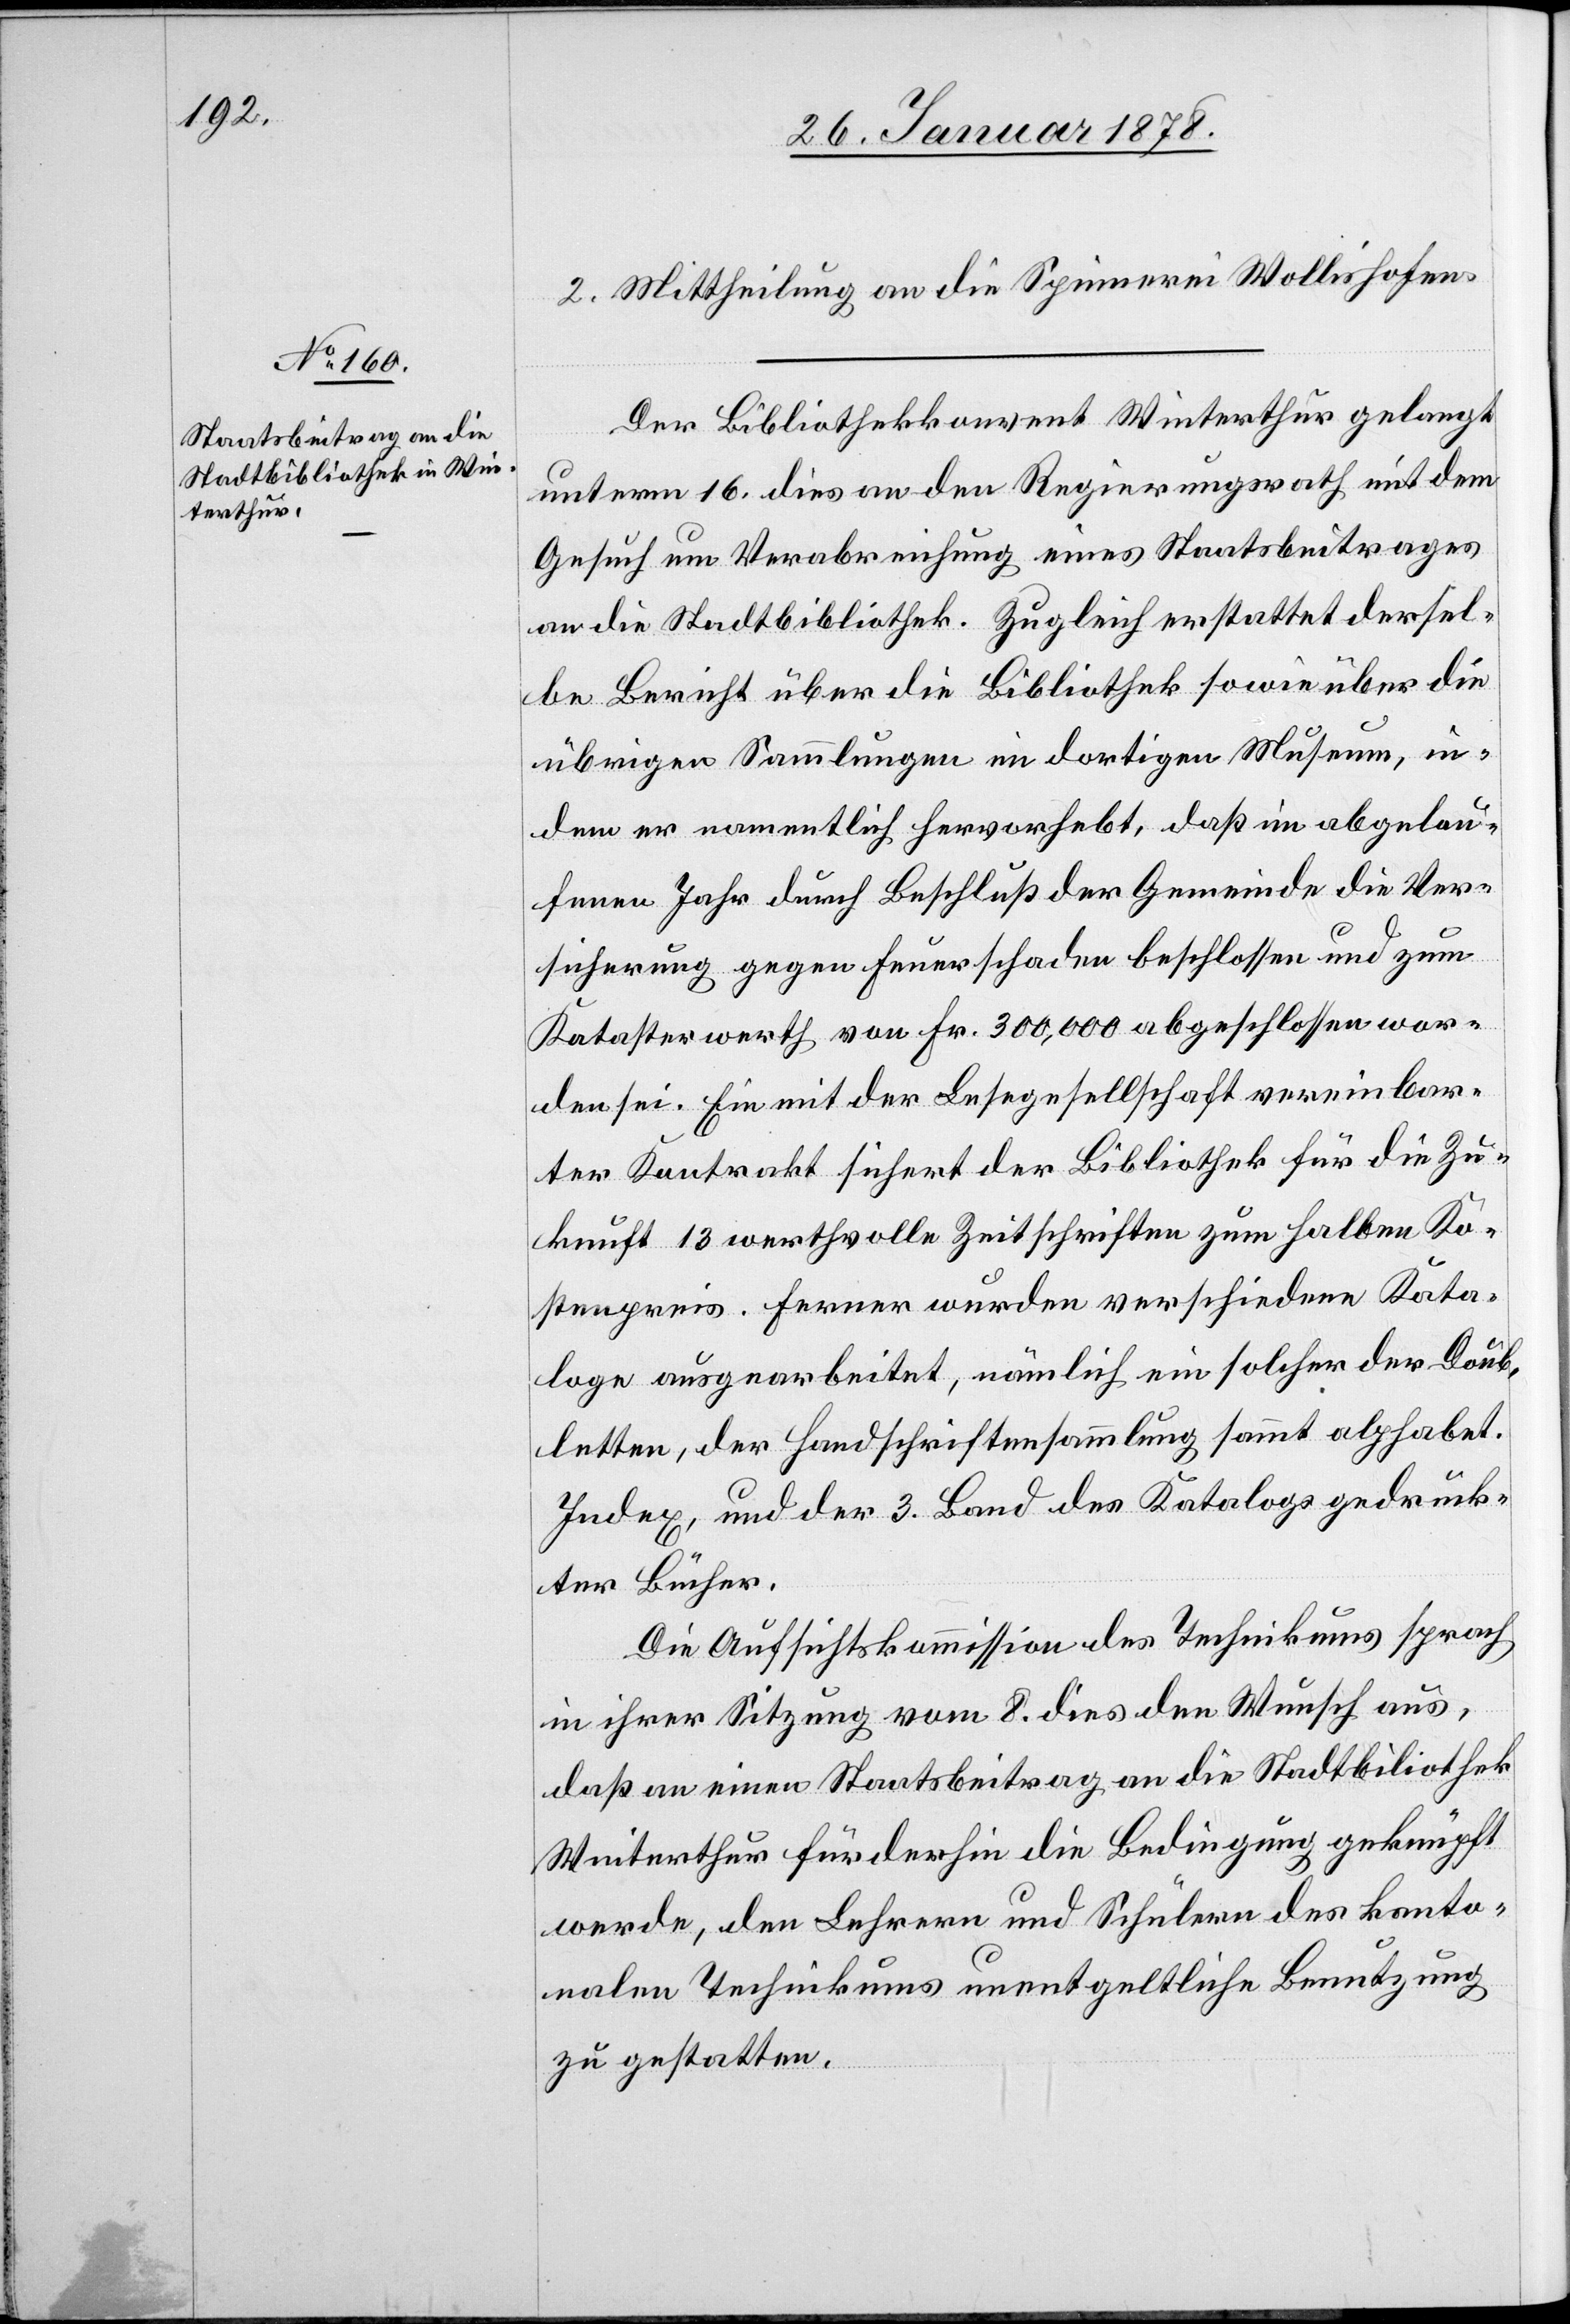
2. Mittheilung an die Spinnerei Wollishofen.
Der Bibliothekkonvent Winterthur gelangt
unterm 16. dies an den Regierungsrath mit dem
Gesuch um Verabreichung eines Staatsbeitrages
an die Stadtbibliothek. Zugleich erstattet dersel¬
be Bericht über die Bibliothek sowie über die
übrigen Sammlungen im dortigen Museum, in¬
dem er namentlich hervorhebt, daß im abgelau¬
fenen Jahr durch Beschluß der Gemeinde die Ver¬
sicherung gegen Feuerschaden beschlossen und zum
Katasterwerth von Fr. 300,000 abgeschlossen wor¬
den sei. Ein mit der Lesegesellschaft vereinbar¬
ter Kontrakt sichert der Bibliothek für die Zu¬
kunft 13 werthvolle Zeitschriften zum halben Ko¬
stenpreis. Ferner wurden verschiedene Kata¬
loge ausgearbeitet, nämlich ein solcher der Doub¬
letten, der Handschriftensammlung sammt alphabet.
Index, und der 3. Band des Katalogs gedruck¬
ter Bücher.
Die Aufsichtskommission des Technikums sprach
in ihrer Sitzung vom 8. dies den Wunsch aus,
daß an einen Staatsbeitrag an die Stadtbibliothek
Winterthur fürderhin die Bedingung geknüpft
werde, den Lehrern und Schülern des kanto¬
nalen Technikums unentgeltliche Benutzung
zu gestatten.